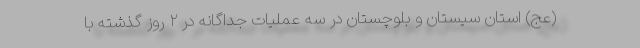
(عج) استان سیستان و بلوچستان در سه عملیات جداگانه در ۲ روز گذشته با